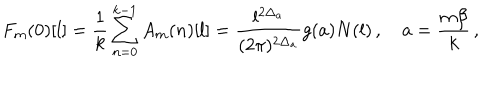
F _ { m } ( 0 ) [ l ] = \frac { 1 } { k } \sum _ { n = 0 } ^ { k - 1 } A _ { m } ( n ) [ l ] = \frac { l ^ { 2 \Delta _ { a } } } { ( 2 \pi ) ^ { 2 \Delta _ { a } } } g ( a ) N ( l ) \, , \quad a = \frac { m \beta } { k } \, ,